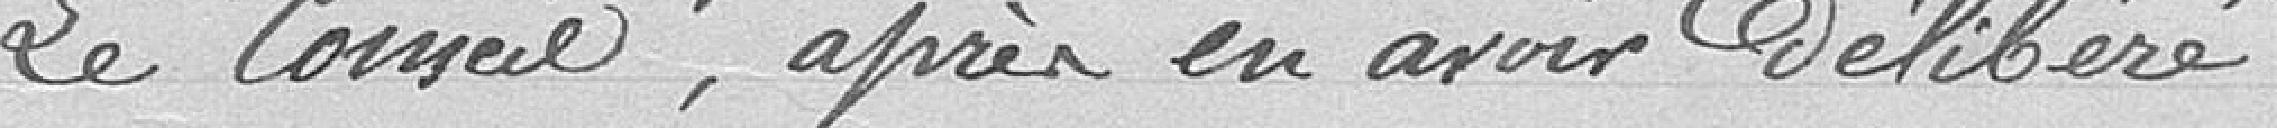
Le Conseil, après en avoir délibéré :